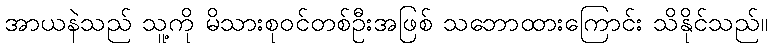
အာယနဲသည် သူ့ကို မိသားစုဝင်တစ်ဦးအဖြစ် သဘောထားကြောင်း သိနိုင်သည်။